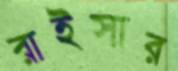
রাইসার